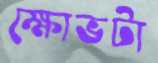
ক্ষোভটা